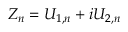
Z _ { n } = U _ { 1 , n } + i U _ { 2 , n }